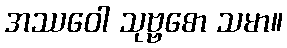
အဿဝေါ သုဗ္ဗစော သမာ။